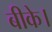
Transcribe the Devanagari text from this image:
बीके।